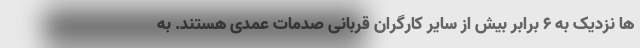
ها نزدیک به ۶ برابر بیش از سایر کارگران قربانی صدمات عمدی هستند. به